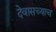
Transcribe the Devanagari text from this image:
देवासच्याच